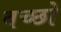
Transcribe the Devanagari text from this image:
बच्छो